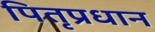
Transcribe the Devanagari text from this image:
पितृप्रधान